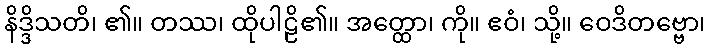
နိဒ္ဒိသတိ၊ ၏။ တဿ၊ ထိုပါဠိ၏။ အတ္ထော၊ ကို။ ဧဝံ၊ သို့။ ဝေဒိတဗ္ဗော၊